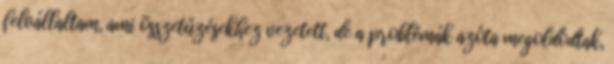
felvállaltam, ami összetűzésekhez vezetett, de a problémák azóta megoldódtak,